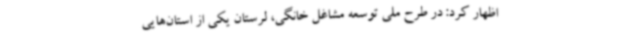
اظهار کرد: در طرح ملی توسعه مشاغل خانگی، لرستان یکی از استان‌هایی